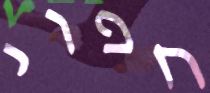
חפוי